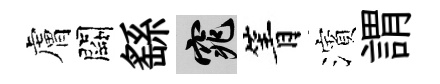
膚闕繇窕箐濱謂